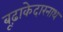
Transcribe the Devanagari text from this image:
बूढ़ाकेदारनाथ